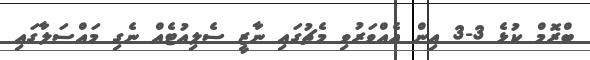
ބްރޮމް ކުޅެ 3-3 އިން އެއްވަރުވި މެޗުގައި ނާޒީ ސެލިއުޓެއް ނެގި މައްސަލާގައި